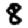
Digit: 8